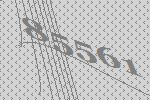
85561